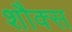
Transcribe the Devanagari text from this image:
शौक्स